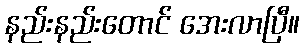
နည်းနည်းတောင် အေးလာပြီ။